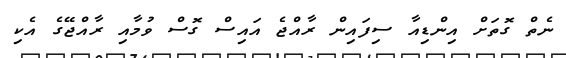
ނެތް ގޮތަށް އިންޑިއާ ސިފައިން ރާއްޖެ އައިސް ގޮސް ވުމާއި ރާއްޖޭގެ އެކި